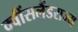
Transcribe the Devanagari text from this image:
क्वींसलैंडराज्य